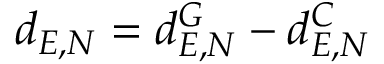
d _ { E , N } = d _ { E , N } ^ { G } - { d } _ { E , N } ^ { C }